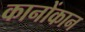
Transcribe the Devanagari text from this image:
कानोंकान